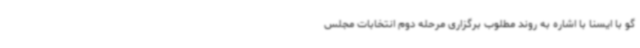
گو با ایسنا با اشاره به روند مطلوب برگزاری مرحله دوم انتخابات مجلس